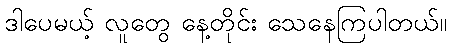
ဒါပေမယ့် လူတွေ နေ့တိုင်း သေနေကြပါတယ်။